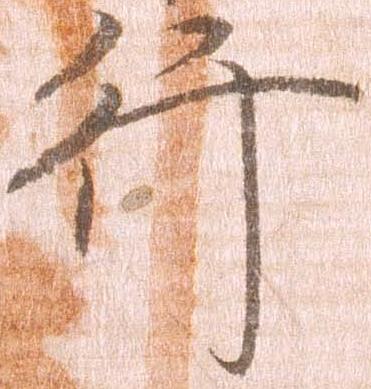
行